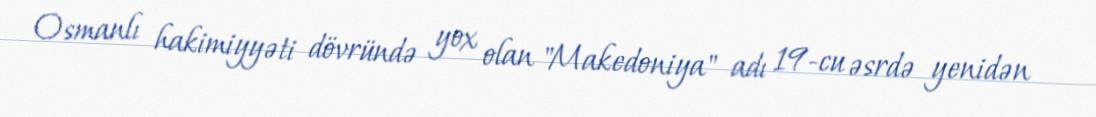
Osmanlı hakimiyyəti dövründə yox olan "Makedoniya" adı 19-cu əsrdə yenidən